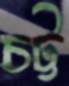
চট্ট